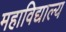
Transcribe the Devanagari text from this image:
महाविद्याल्य